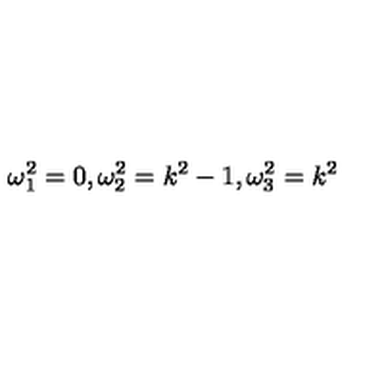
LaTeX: \omega _ { 1 } ^ { 2 } = 0 , \omega _ { 2 } ^ { 2 } = k ^ { 2 } - 1 , \omega _ { 3 } ^ { 2 } = k ^ { 2 }